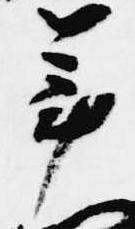
年